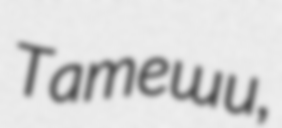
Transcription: Татеши,